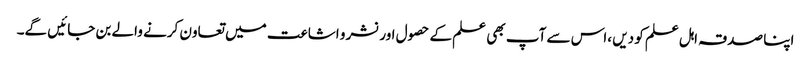
اپنا صدقہ اہل علم کو دیں ،اس سے آپ بھی علم کے حصول اور نشر و اشاعت میں تعاون کرنے والے بن جائیں گے۔